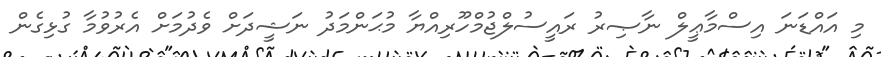
މި އައްޑަނަ އިސްމާޢީލް ނާޞިރު ރައީސުލްޖުމްހޫރިއްޔާ މުޙަންމަދު ނަޝީދަށް ވެދުމަށް އެރުވުމާ ގުޅިގެން